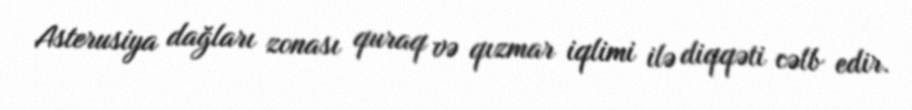
Asterusiya dağları zonası quraq və qızmar iqlimi ilə diqqəti cəlb edir.